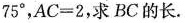
75°$$，$$AC=2$$，求BC的长。